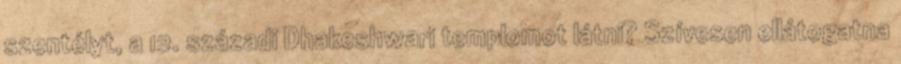
szentélyt, a 12. századi Dhakeshwari templomot látni? Szívesen ellátogatna